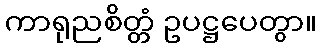
ကာရုညစိတ္တံ ဥပဋ္ဌပေတွာ။